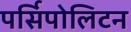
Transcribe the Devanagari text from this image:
पर्सिपोलिटन